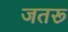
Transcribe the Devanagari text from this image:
जतरू